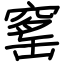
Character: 窰